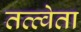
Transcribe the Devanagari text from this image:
तत्त्वेता